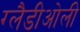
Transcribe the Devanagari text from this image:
ग्‍लैडीओली